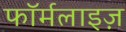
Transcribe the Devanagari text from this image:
फॉर्मलाइज़